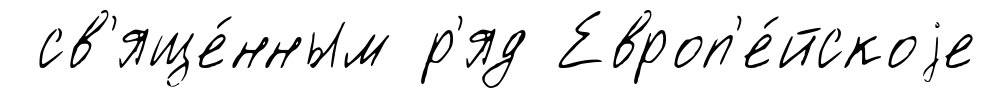
св'яще́нным р'яд Европ'е́йскоjе